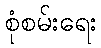
စုံစမ်းရေး